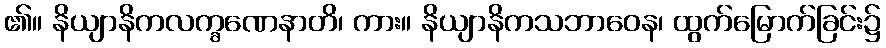
၏။ နိယျာနိကလက္ခဏေနာတိ၊ ကား။ နိယျာနိကသဘာဝေန၊ ထွက်မြောက်ခြင်း၌